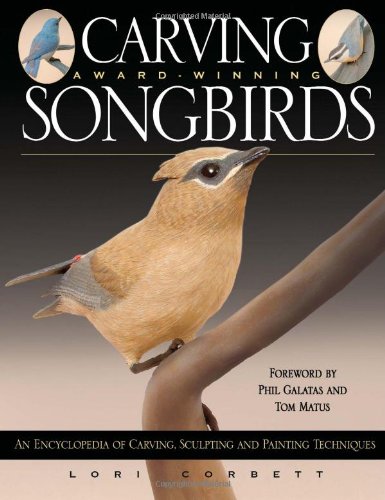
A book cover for Carving Award-winning Songbirds: An Encyclopedia of Carving, Sculpting and Painting Techniques; Lori Corbett; Crafts, Hobbies & Home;